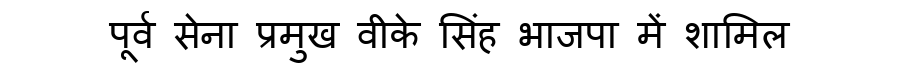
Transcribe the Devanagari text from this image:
पूर्व सेना प्रमुख वीके सिंह भाजपा में शामिल